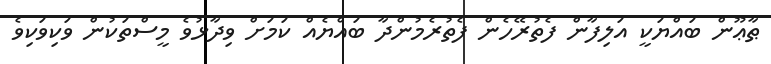
ޠާޢޫން ބައްޔަކީ އަލިފާން ފެތުރޭހެން ފެތުރެމުންދާ ބައްޔެއް ކަމަށް ވިދާޅުވެ މީސްތަކުން ވަކިވަކިވެ